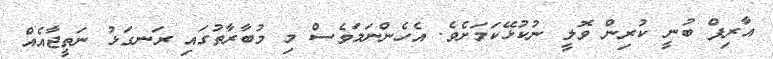
އާރިފް ބުނީ ކުރިން ވޮލީ ނުކުޅޭކަމަށެވެ. އެހެންނަމަވެސް މި މުބާރާތުގައި ރަނގަޅު ނަތީޖާއެއް